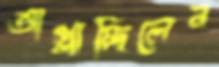
আগ্‌লাচ্ছিলেন